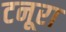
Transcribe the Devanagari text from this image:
टनूरा